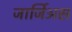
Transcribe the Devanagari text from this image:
जार्जिअस